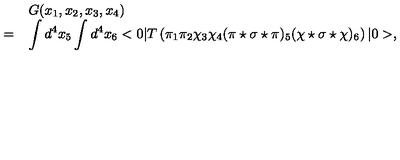
\begin{array} { r l } { } & { G ( x _ { 1 } , x _ { 2 } , x _ { 3 } , x _ { 4 } ) } \\ { = } & { \displaystyle \int d ^ { 4 } x _ { 5 } \int d ^ { 4 } x _ { 6 } < 0 | T \left( \pi _ { 1 } \pi _ { 2 } \chi _ { 3 } \chi _ { 4 } ( \pi \star \sigma \star \pi ) _ { 5 } ( \chi \star \sigma \star \chi ) _ { 6 } \right) | 0 > , } \\ \end{array}